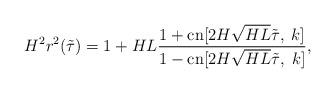
LaTeX: \begin{align*}H^2r^2(\tilde{\tau})=1+HL\frac{1+\mbox{cn}[2H\sqrt{HL}\tilde{\tau},\;k]}{1-\mbox{cn}[2H\sqrt{HL}\tilde{\tau},\;k]},\end{align*}